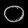
Digit: ၀